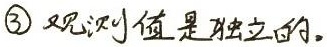
\textcircled{3} 观测值是独立的。